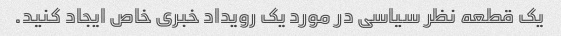
یک قطعه نظر سیاسی در مورد یک رویداد خبری خاص ایجاد کنید.